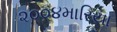
૨૦૦૪મારિયા